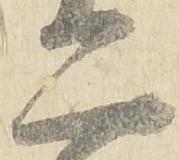
二